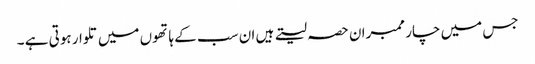
جس میں چار ممبران حصہ لیتے ہیں ان سب کے ہاتھوں میں تلوار ہوتی ہے ۔